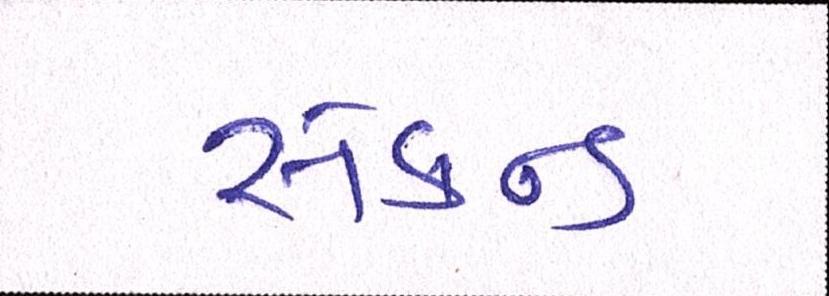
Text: સેકન્ડ